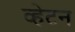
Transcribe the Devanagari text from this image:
व्हेटन